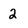
Character: 2